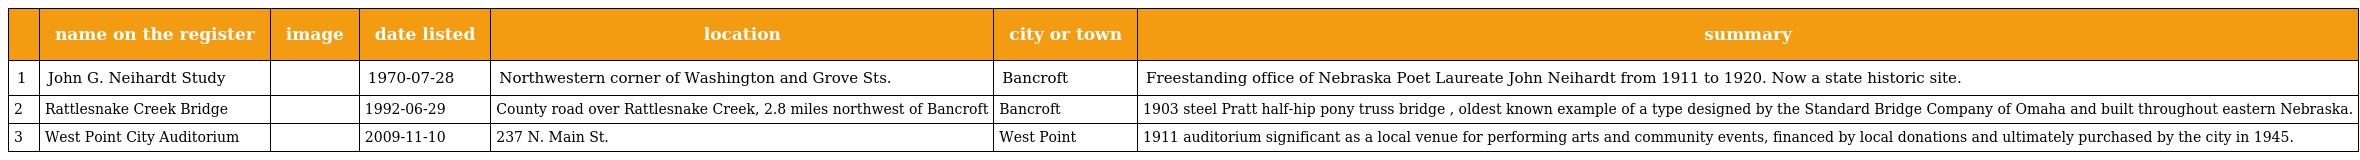
|  | name on the register | image | date listed | location | city or town | summary |
 | --- | --- | --- | --- | --- | --- | --- |
 | 1 | John G. Neihardt Study |  | 1970-07-28 | Northwestern corner of Washington and Grove Sts. | Bancroft | Freestanding office of Nebraska Poet Laureate John Neihardt from 1911 to 1920. Now a state historic site. |
 | 2 | Rattlesnake Creek Bridge |  | 1992-06-29 | County road over Rattlesnake Creek, 2.8 miles northwest of Bancroft | Bancroft | 1903 steel Pratt half-hip pony truss bridge , oldest known example of a type designed by the Standard Bridge Company of Omaha and built throughout eastern Nebraska. |
 | 3 | West Point City Auditorium |  | 2009-11-10 | 237 N. Main St. | West Point | 1911 auditorium significant as a local venue for performing arts and community events, financed by local donations and ultimately purchased by the city in 1945. |